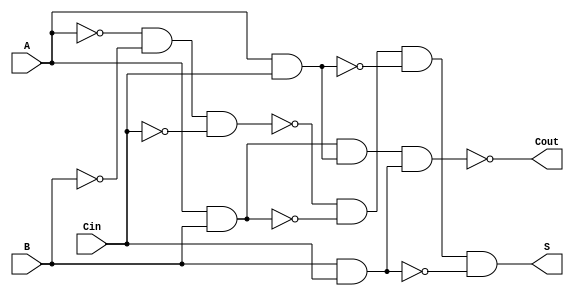
module NegativeCircuitFullAdder (
    input wire A,     // First binary input
    input wire B,     // Second binary input
    input wire Cin,   // Carry input
    output wire S,    // Sum output
    output wire Cout   // Carry output
);

// Internal signals for negative logic
wire A_n, B_n, Cin_n;
wire AB, ACin, BCin;

// Invert the inputs for negative logic
assign A_n = ~A;  // Active-low representation of A
assign B_n = ~B;  // Active-low representation of B
assign Cin_n = ~Cin; // Active-low representation of Cin

// Sum output using XOR operation
assign S = ~(A_n & B_n & Cin_n) & ~(A & B) & ~(A & Cin) & ~(B & Cin);

// Carry output using AND and OR operations
assign AB = A & B;         // A AND B
assign ACin = A & Cin;     // A AND Cin
assign BCin = B & Cin;     // B AND Cin
assign Cout = ~(AB & ACin & BCin); // OR operation for carry output

endmodule